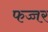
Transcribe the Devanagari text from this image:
फच्चर